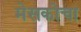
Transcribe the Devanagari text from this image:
मेसकोचा